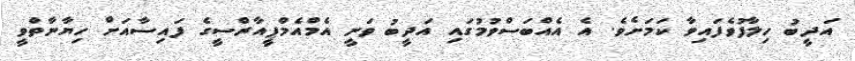
އަދީބު ހިލާފުވެފައިވާ ކަމަށެވެ. އެ އެއްބަސްވުމުގައި އަދީބު ވަނީ އެމްއެމްޕީއާރްސީގެ ފައިސާއަށް ހިޔާނާތްވީ